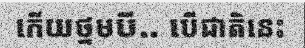
កើយថ្នមបី.. បើជាតិនេះ